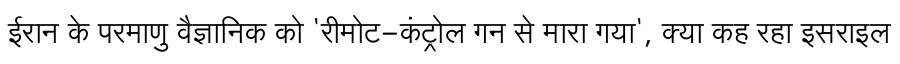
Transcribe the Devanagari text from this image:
ईरान के परमाणु वैज्ञानिक को 'रीमोट-कंट्रोल गन से मारा गया', क्या कह रहा इसराइल